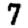
Digit: 7